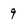
Character: 9